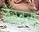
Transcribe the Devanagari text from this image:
चेतवला